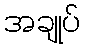
အချုပ်